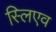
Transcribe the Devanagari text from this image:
स्लिएव